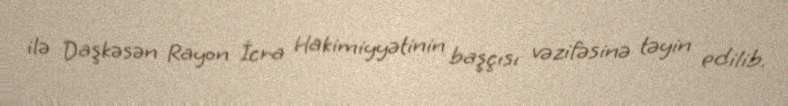
ilə Daşkəsən Rayon İcra Hakimiyyətinin başçısı vəzifəsinə təyin edilib.